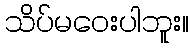
သိပ်မဝေးပါဘူး။